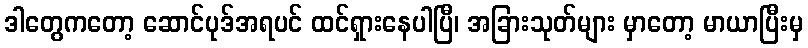
ဒါတွေကတော့ ဆောင်ပုဒ်အရပင် ထင်ရှားနေပါပြီ၊ အခြားသုတ်များ မှာတော့ မာယာပြီးမှ